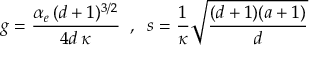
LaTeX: g = { \frac { \alpha _ { e } \, ( d + 1 ) ^ { 3 / 2 } } { 4 d \, \kappa } } \; \; , \; \; s = { \frac { 1 } { \kappa } } { \sqrt { \frac { ( d + 1 ) ( a + 1 ) } { d } } }